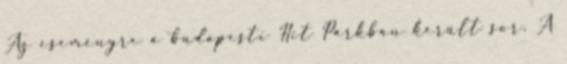
Az eseményre a budapesti Hit Parkban került sor. A